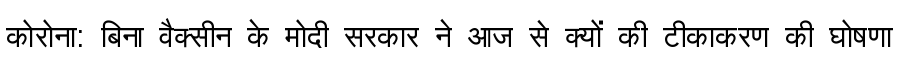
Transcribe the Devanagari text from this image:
कोरोना: बिना वैक्सीन के मोदी सरकार ने आज से क्यों की टीकाकरण की घोषणा